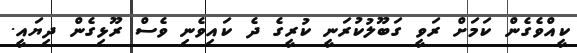
ކީއްވެގެން ކަމަށް ރަވީ ގަބޫލުކުރަނީ ކުރީގެ ދެ ކައިވެނި ވެސް ރޫޅިގެން ދިޔައީ.